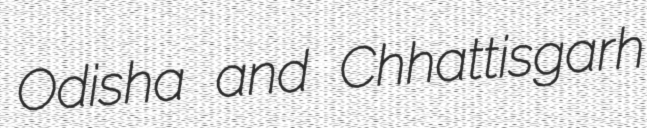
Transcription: Odisha and Chhattisgarh